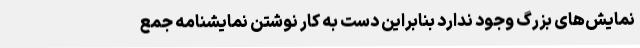
نمایش‌های بزرگ وجود ندارد بنابراین دست به کار نوشتن نمایشنامه جمع